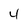
Character: 4